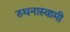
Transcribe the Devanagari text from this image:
रुथनास्वामी